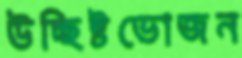
উচ্ছিষ্টভোজন